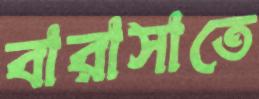
বারাসাতে